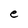
Character: e